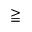
\geqq